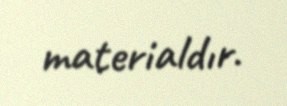
materialdır.